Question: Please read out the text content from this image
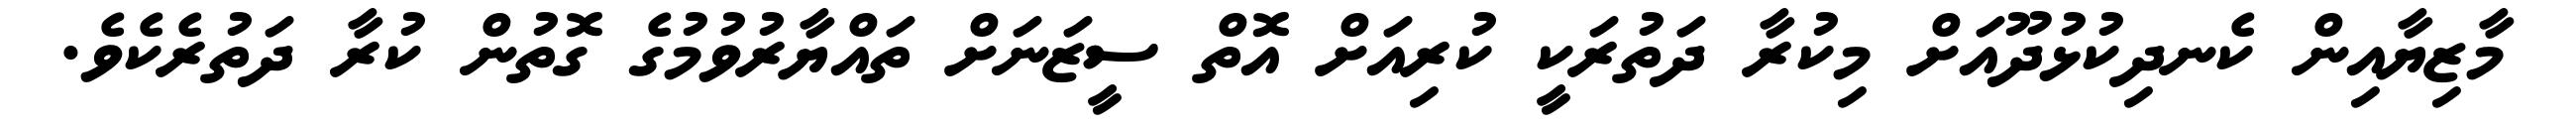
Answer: މާޒިޔާއިން ކެނދިކުޅުދޫއަށް މިކުރާ ދަތުރަކީ ކުރިއަށް އޮތް ސީޒަނަށް ތައްޔާރުވުމުގެ ގޮތުން ކުރާ ދަތުރެކެވެ.